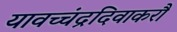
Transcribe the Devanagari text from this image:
यावच्चंद्रदिवाकरौ